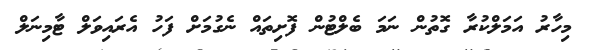
މިހާރު އަމަލްކުރާ ގޮތުން ނަމަ ބެލްޓުން ފޮށިތައް ނެގުމަށް ފަހު އެރައިވަލް ޓާމިނަލް